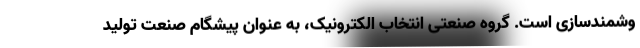
وشمندسازی است. گروه صنعتی انتخاب الکترونیک، به عنوان پیشگام صنعت تولید